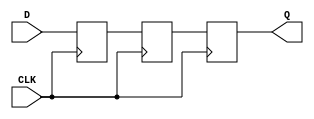
module TwoFF_Metastability_Detector (
    input wire D,      // Asynchronous input signal
    input wire CLK,    // Local clock signal
    output reg Q       // Stable output signal
);

    // Internal signals for the flip-flops
    reg FF1;          // Output of the first flip-flop
    reg FF2;          // Output of the second flip-flop

    // First flip-flop: samples the asynchronous input signal D
    always @(posedge CLK) begin
        FF1 <= D;     // Sample D on the rising edge of CLK
    end

    // Second flip-flop: samples the output of the first flip-flop
    always @(posedge CLK) begin
        FF2 <= FF1;   // Sample FF1 on the next rising edge of CLK
    end

    // Output assignment
    always @(posedge CLK) begin
        Q <= FF2;      // Output Q is the stable signal from FF2
    end

endmodule